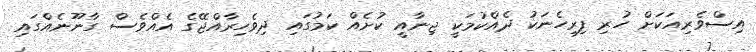
އިސްވެރިއަކަށް ހުރި ފިރިހެނަކު ދެއްކުމަކީ ޖިނާއީ ކުށެއް ކަމުގައި ދިވެހިރާއްޖޭގެ އެއްވެސް ގާނޫނެއްގައި